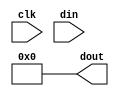
module clb_p (input clk, input [15:0] din, output [15:0] dout);
	assign dout = 0;
endmodule